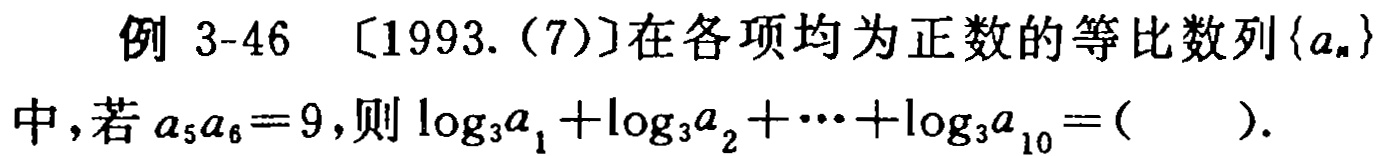
例 3-46 〔1993.(7)〕在各项均为正数的等比数列\(\{a_{n}\}\)中，若\(a_{5}a_{6}=9\)，则\(\log_{3}a_{1}+\log_{3}a_{2}+\cdots+\log_{3}a_{10}=(\ \ \ \ \ )\).